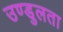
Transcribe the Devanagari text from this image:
उण्डुलता